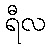
ရီလ